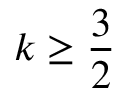
k \geq \frac { 3 } { 2 }